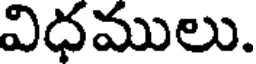
విధములు.